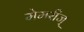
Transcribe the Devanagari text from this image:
मेमरीज्